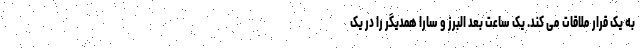
به یک قرار ملاقات می کند. یک ساعت بعد البرز و سارا همدیگر را در یک